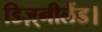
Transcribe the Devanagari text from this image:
डिज़्नीलैंड।